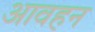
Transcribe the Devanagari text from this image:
आवहन